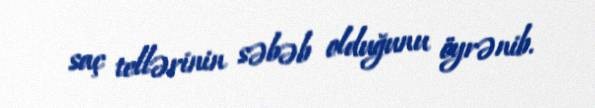
saç tellərinin səbəb olduğunu öyrənib.